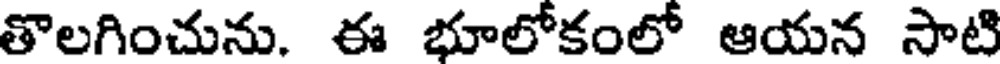
తొలగించును. ఈ భూలోకంలో ఆయన సాటి